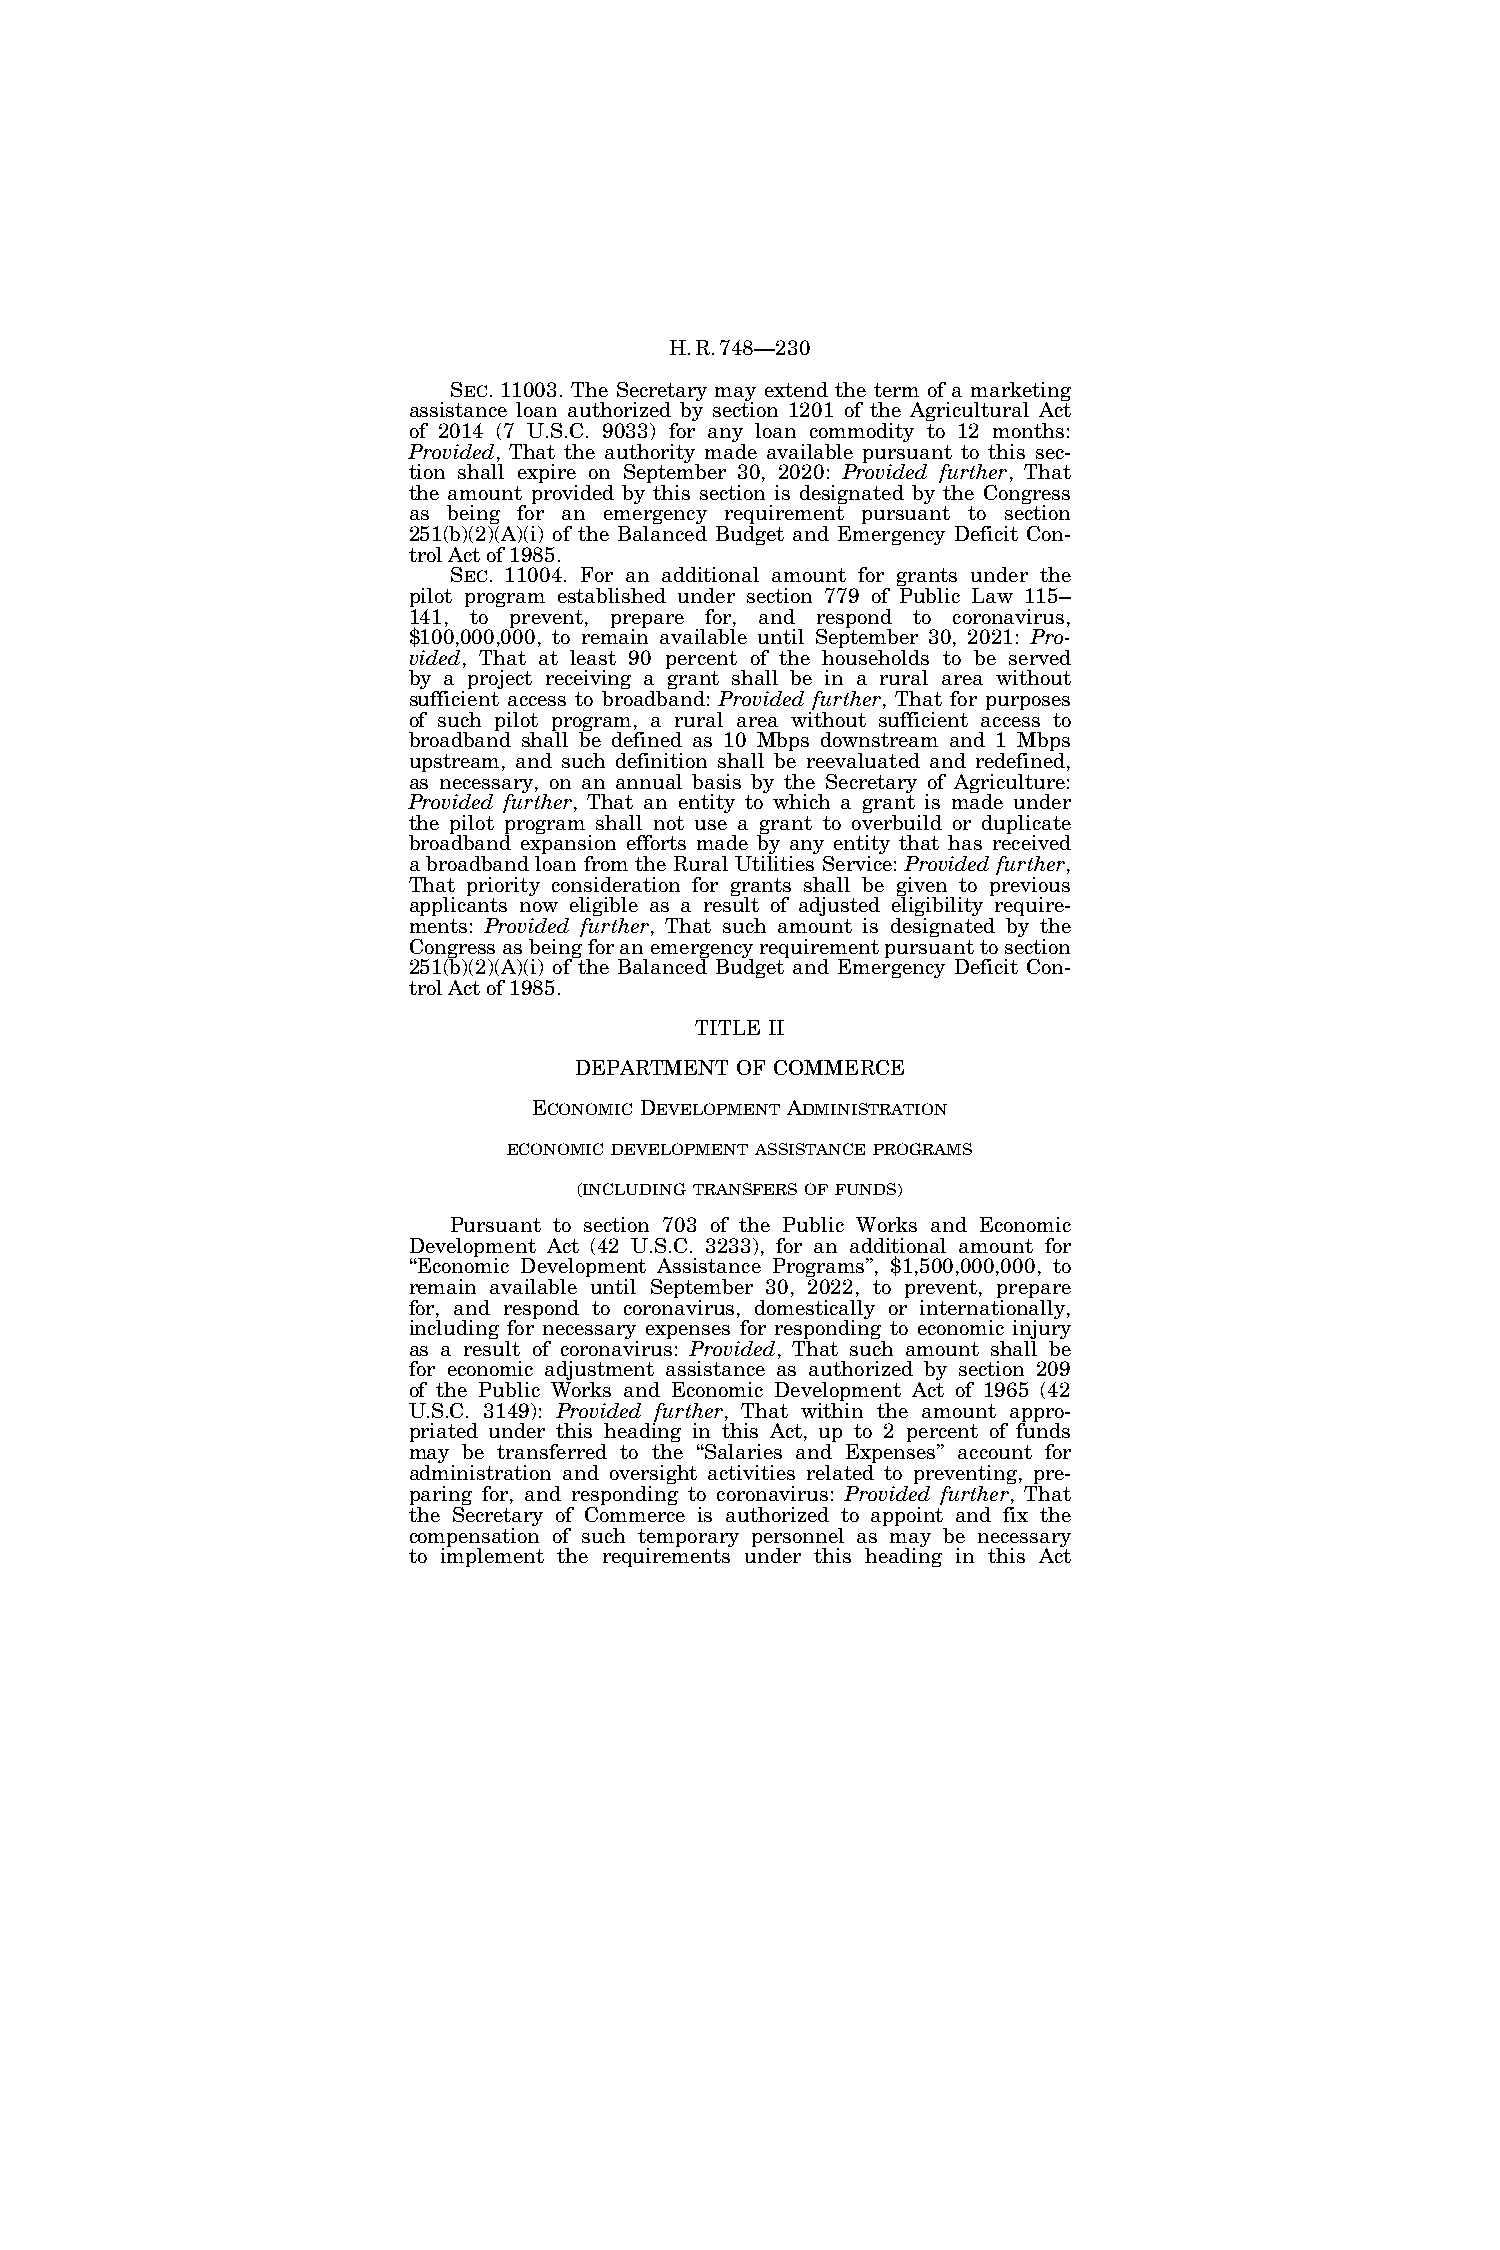
H.R.748—230
 SEC. 11003. The Secretary may extend the term of a marketing
 assistance loan authorized by section 1201 of the Agricultural Act
 of 2014 (7 U.S.C. 9033) for any loan commodity to 12 months:
 Provided, That the authority made available pursuant to this sec-
 tion shall expire on September 30, 2020: Provided further, That
 the amount provided by this section is designated by the Congress
 as being for an emergency requirement pursuant to section
 251(b)(2)(A)(i) of the Balanced Budget and Emergency Deficit Con-
 trol Act of 1985.
 SEC. 11004. For an additional amount for grants under the
 pilot program established under section 779 of Public Law 115–
 141, to prevent, prepare for, and respond to coronavirus,
 $100,000,000, to remain available until September 30, 2021: Pro-
 vided, That at least 90 percent of the households to be served
 by a project receiving a grant shall be in a rural area without
 sufficient access to broadband: Provided further, That for purposes
 of such pilot program, a rural area without sufficient access to
 broadband shall be defined as 10 Mbps downstream and 1 Mbps
 upstream, and such definition shall be reevaluated and redefined,
 as necessary, on an annual basis by the Secretary of Agriculture:
 Provided further, That an entity to which a grant is made under
 the pilot program shall not use a grant to overbuild or duplicate
 broadband expansion efforts made by any entity that has received
 a broadband loan from the Rural Utilities Service: Provided further,
 That priority consideration for grants shall be given to previous
 applicants now eligible as a result of adjusted eligibility require-
 ments: Provided further, That such amount is designated by the
 Congress as being for an emergency requirement pursuant to section
 251(b)(2)(A)(i) of the Balanced Budget and Emergency Deficit Con-
 trol Act of 1985.
 TITLE II
 DEPARTMENT OF COMMERCE
 ECONOMIC DEVELOPMENT ADMINISTRATION
 ECONOMIC DEVELOPMENT ASSISTANCE PROGRAMS
 (INCLUDING TRANSFERS OF FUNDS)
 Pursuant to section 703 of the Public Works and Economic
 Development Act (42 U.S.C. 3233), for an additional amount for
 ‘‘Economic Development Assistance Programs’’, $1,500,000,000, to
 remain available until September 30, 2022, to prevent, prepare
 for, and respond to coronavirus, domestically or internationally,
 including for necessary expenses for responding to economic injury
 as a result of coronavirus: Provided, That such amount shall be
 for economic adjustment assistance as authorized by section 209
 of the Public Works and Economic Development Act of 1965 (42
 U.S.C. 3149): Provided further, That within the amount appro-
 priated under this heading in this Act, up to 2 percent of funds
 may be transferred to the ‘‘Salaries and Expenses’’ account for
 administration and oversight activities related to preventing, pre-
 paring for, and responding to coronavirus: Provided further, That
 the Secretary of Commerce is authorized to appoint and fix the
 compensation of such temporary personnel as may be necessary
 to implement the requirements under this heading in this Act